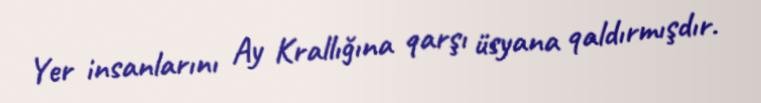
Yer insanlarını Ay Krallığına qarşı üsyana qaldırmışdır.